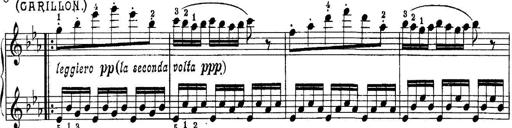
Title: Quatres sonatines
Composer: Tadeusz Joteyko